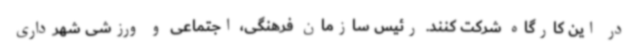
در این کارگاه شرکت کنند. رئیس سازمان فرهنگی، اجتماعی و ورزشی شهرداری